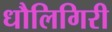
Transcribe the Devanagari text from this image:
धौलिगिरी